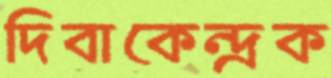
দিবাকেন্দ্রক